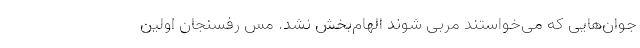
جوان‌هایی که می‌خواستند مربی شوند الهام‌بخش نشد. مس رفسنجان اولین